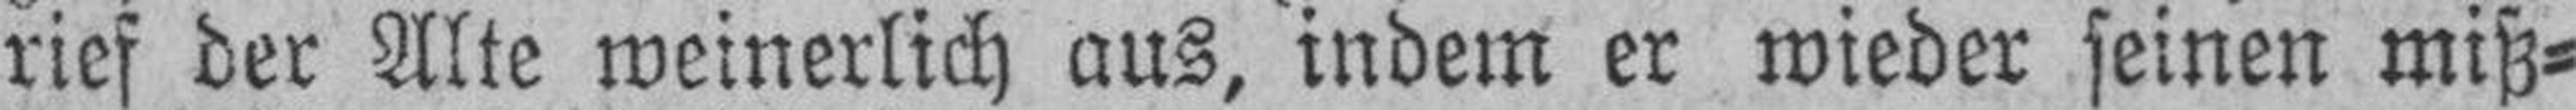
rief der Alte weinerlich aus, indem er wieder seinen miß¬